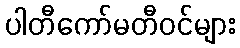
ပါတီကော်မတီဝင်များ